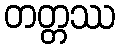
တတ္တဿ